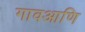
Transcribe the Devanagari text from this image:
गावआणि